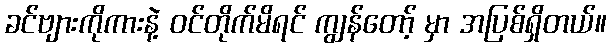
ခင်ဗျားကိုကားနဲ့ ဝင်တိုက်မိရင် ကျွန်တော့် မှာ အပြစ်ရှိတယ်။